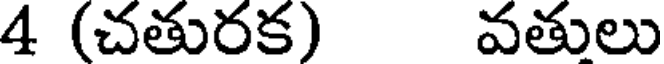
4 (చతురక) వతులు